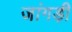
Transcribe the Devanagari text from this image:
जांगड़ी